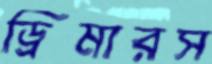
ড্রিমারস